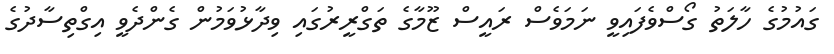
ގައުމުގެ ހާލަތު ގޯސްވެފައިވީ ނަމަވެސް ރައީސް ޒޫމާގެ ތަގްރީރުގައި ވިދާޅުވަމުން ގެންދެވީ އިގްތިސާދުގެ